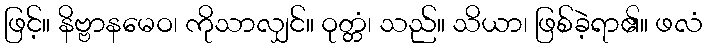
ဖြင့်။ နိဗ္ဗာနမေဝ၊ ကိုသာလျှင်။ ဝုတ္တံ၊ သည်။ သိယာ၊ ဖြစ်ခဲ့ရာ၏။ ဖလံ